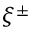
\xi ^ { \pm }